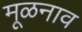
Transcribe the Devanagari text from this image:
मूळनाव